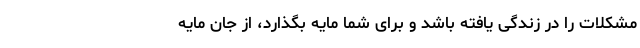
مشکلات را در زندگی یافته باشد و برای شما مایه بگذارد، از جان مایه